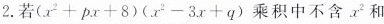
2.若(x^{2}+px+8)(x^{2}-3x+q)乘积中不含x^{2}和